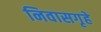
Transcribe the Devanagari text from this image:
निवासगृहे